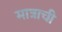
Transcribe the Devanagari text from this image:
मात्राची